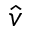
\hat { v }